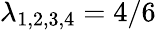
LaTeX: \lambda_{1,2,3,4}=4/6